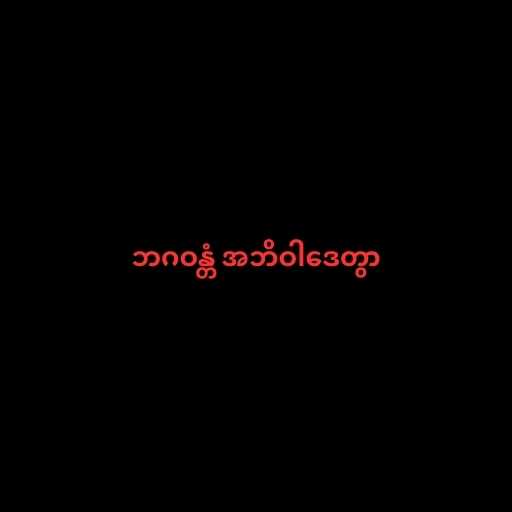
ဘဂဝန္တံ အဘိဝါဒေတွာ